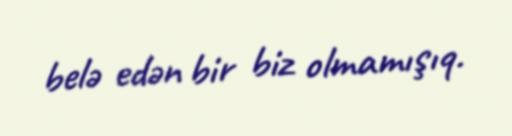
belə edən bir biz olmamışıq.